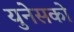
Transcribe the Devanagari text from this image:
युनेसको